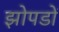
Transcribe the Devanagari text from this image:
झोपडों